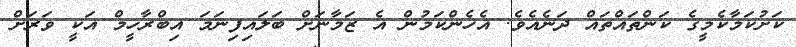
ކަށުކަމާކެމީގެ ކަންތައްތައް ދަނެއެވެ. އެހެންކަމުން އެ ޒަމާނަށް ބަލައިފިނަމަ އިބްރާހީމް އަކީ ވަރަށް